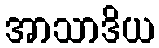
အာသာဒိယ